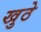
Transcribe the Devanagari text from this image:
खुठे